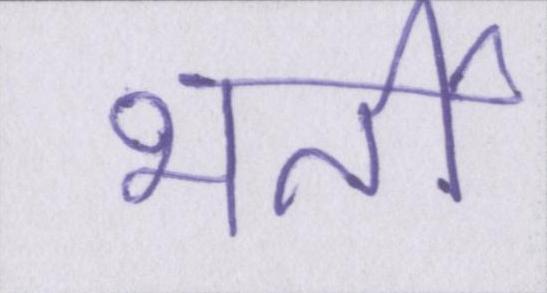
भर्ती